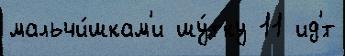
мальчи́шкам'и шу́тку 11 ид'́т